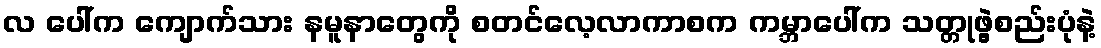
လ ပေါ်က ကျောက်သား နမူနာတွေကို စတင်လေ့လာကာစက ကမ္ဘာပေါ်က သတ္တုဖွဲ့စည်းပုံနဲ့